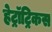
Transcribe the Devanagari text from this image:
हेट्रॉट्रिकस